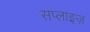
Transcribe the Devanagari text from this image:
सप्लाइज़